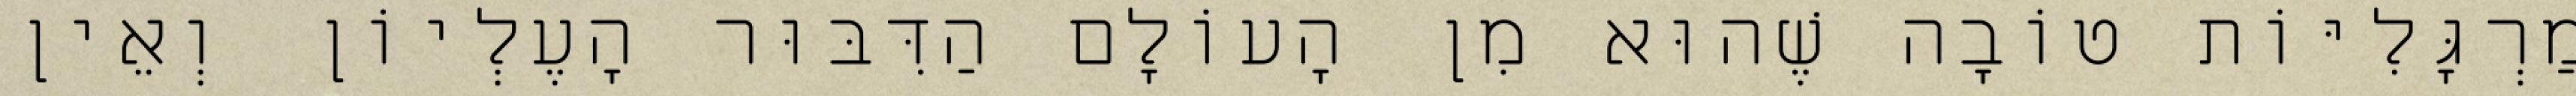
מַרְגָּלִיּוֹת טוֹבָה שֶׁהוּא מִן הָעוֹלָם הַדִּבּוּר הָעֶלְיוֹן וְאֵין